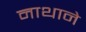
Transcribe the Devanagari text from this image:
नाथाने